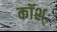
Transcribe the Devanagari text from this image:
कॉश्ः